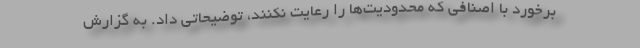
برخورد با اصنافی که محدودیت‌ها را رعایت نکنند، توضیحاتی داد. به گزارش